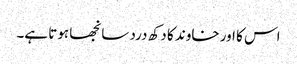
اس کا اور خاوند کا دکھ درد سانجھا ہوتا ہے۔